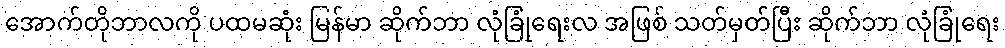
အောက်တိုဘာလကို ပထမဆုံး မြန်မာ ဆိုက်ဘာ လုံခြုံရေးလ အဖြစ် သတ်မှတ်ပြီး ဆိုက်ဘာ လုံခြုံရေး